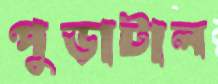
পুড়াটাল